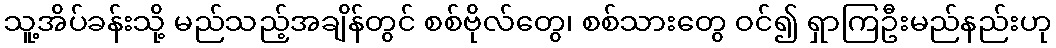
သူ့အိပ်ခန်းသို့ မည်သည့်အချိန်တွင် စစ်ဗိုလ်တွေ၊ စစ်သားတွေ ဝင်၍ ရှာကြဦးမည်နည်းဟု